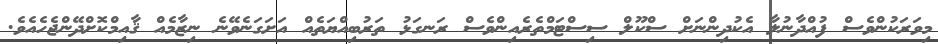
މިވަރަކުންވެސް ފުއްދާނުލާ އެކުދިންނަށް ސްކޫލް ސިސްޓަމްތެރެއިންވެސް ރަނގަޅު ތަރުބިއްޔަތެއް އަށަގަނެވޭނެ ނިޒާމެއް ޤާއިމްކޮށްދޭންޖެހެއެވެ.